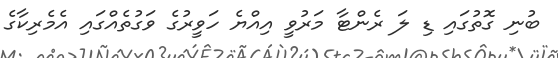
ބުނި ގޮތުގައި ޑި ލަ ރެންޓާ މަރުވީ އިއްޔެ ހަވީރުގެ ވަގުތެއްގައި އެމެރިކާގެ